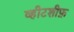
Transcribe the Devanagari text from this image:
व्हीटशीफ़